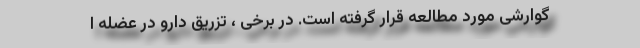
گوارشی مورد مطالعه قرار گرفته است. در برخی ، تزریق دارو در عضله ا